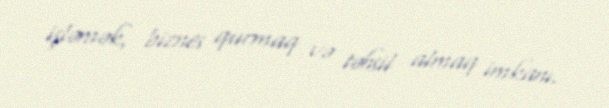
işləmək, biznes qurmaq və təhsil almaq imkanı.